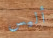
أليس